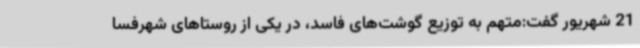
21 شهریور گفت:متهم به توزیع گوشت‌های فاسد، در یکی از روستاهای شهرفسا